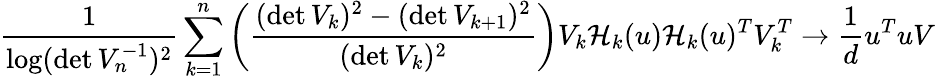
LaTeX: \frac{1}{\log(\operatorname*{det}V_{n}^{-1})^{2}}\sum_{k=1}^{n}\bigg(\frac{(\operatorname*{det}V_{k})^{2}-(\operatorname*{det}V_{k+1})^{2}}{(\operatorname*{det}V_{k})^{2}}\bigg)V_{k}\mathcal{H}_{k}(u)\mathcal{H}_{k}(u)^{T}V_{k}^{T}\to\frac{1}{d}u^{T}uV